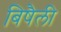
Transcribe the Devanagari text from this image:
बिषैली